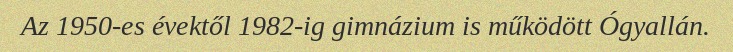
Az 1950-es évektől 1982-ig gimnázium is működött Ógyallán.